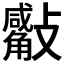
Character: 𣀣